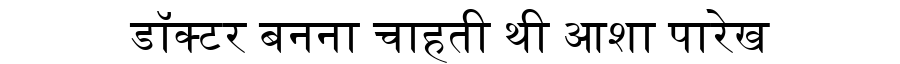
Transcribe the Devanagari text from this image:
डॉक्टर बनना चाहती थी आशा पारेख